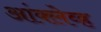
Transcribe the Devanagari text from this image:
आंक्लेव्ह